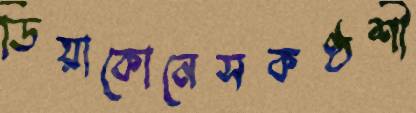
ডিয়াকোনেসকণ্ঠশী